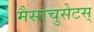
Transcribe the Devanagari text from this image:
मैसाचुसेटस्